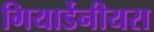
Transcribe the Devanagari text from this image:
गियार्डेनीयरा